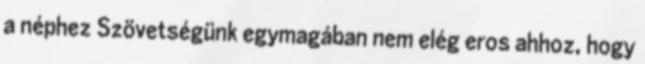
a néphez Szövetségünk egymagában nem elég eros ahhoz, hogy